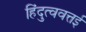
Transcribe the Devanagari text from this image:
हिंदुत्ववत्तई